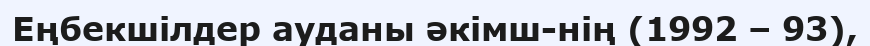
Еңбекшілдер ауданы әкімш-нің (1992 – 93),